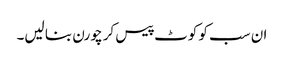
ان سب کو کوٹ پیس کر چورن بنا لیں۔